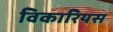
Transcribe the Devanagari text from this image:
विकारियस